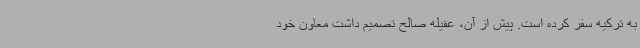
به ترکیه سفر کرده است. پیش از آن، عقیله صالح تصمیم داشت معاون خود